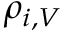
\rho _ { i , V }